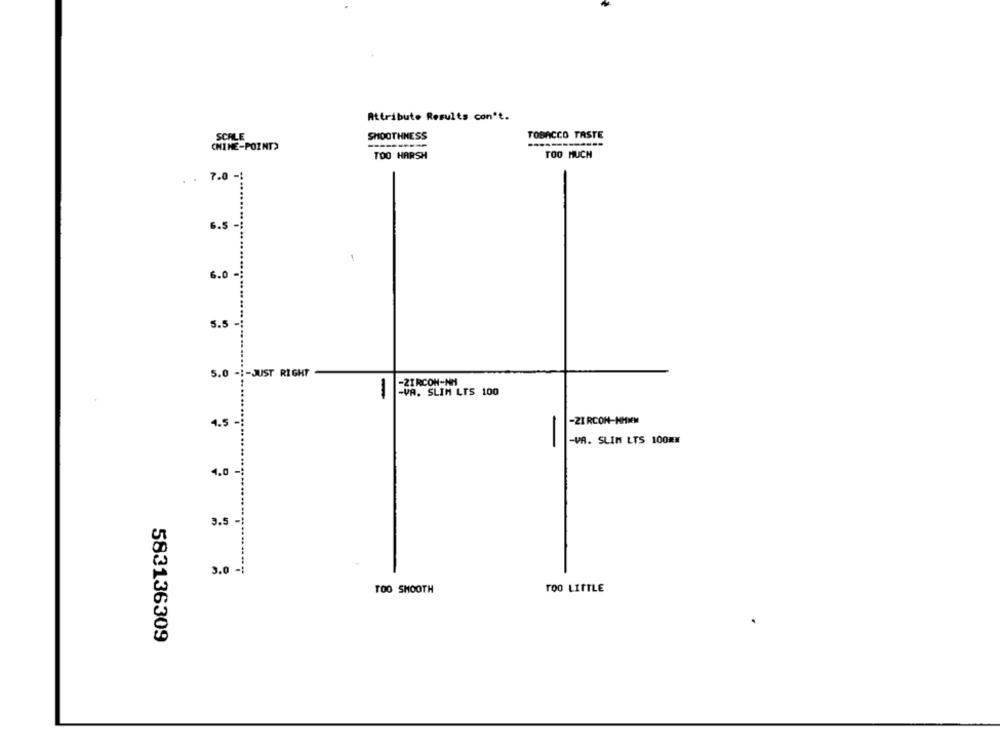
Attribute Results con't.
SMOOTHNESS
TOBACCO TASTE
SCALE
CHINE-POINT)
TOO HARSH
TOO MUCH
7.0 -
6.5
..........
6.0
5.5
5.0 -1-JUST RIGHT
-ZIRCON-NH
-VA. SLIM LTS 100
-21 RCON-HMMM
4.5
-VA. SLIM LTS 100ÆN
-
4.0
3.5
3.0-
TOO SHOOTH
TOO LITTLE
583136309